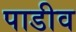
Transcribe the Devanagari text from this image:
पाडीव